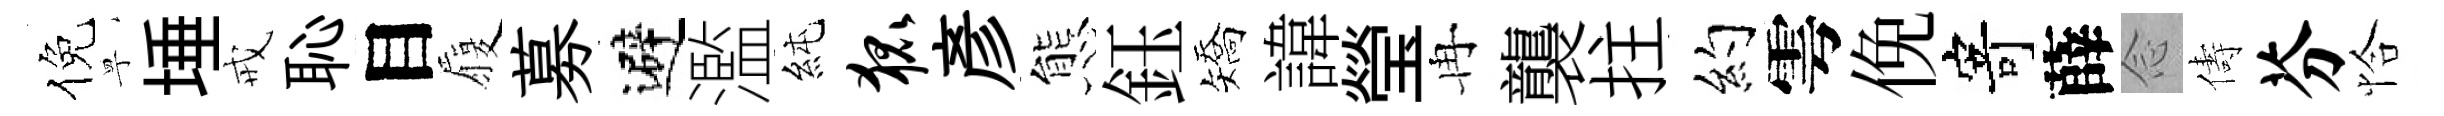
倪寧埵戒恥目履募避濫純狐彥態鈺矯諱瑩冉襲拄约雩俛寄薛𫝹儔芬恰